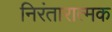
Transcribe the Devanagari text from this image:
निरंतारात्मक